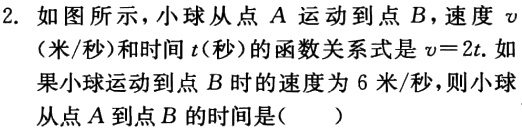
2. 如图所示，小球从点\(A\)运动到点\(B\)，速度\(v\)（米/秒）和时间\(t\)(秒)的函数关系式是\(v = 2t\). 如果小球运动到点\(B\)时的速度为\(6\)米/秒，则小球从点\(A\)到点\(B\)的时间是( )